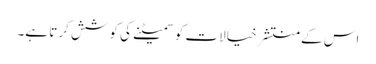
اس کے منتشر خیالات کو سمیٹنے کی کوشش کرتا ہے۔